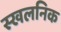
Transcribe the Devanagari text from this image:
स्खलनिक